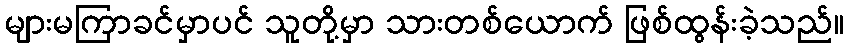
များမကြာခင်မှာပင် သူတို့မှာ သားတစ်ယောက် ဖြစ်ထွန်းခဲ့သည်။